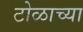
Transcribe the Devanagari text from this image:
टोळाच्या